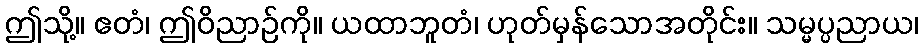
ဤသို့။ ဧတံ၊ ဤဝိညာဉ်ကို။ ယထာဘူတံ၊ ဟုတ်မှန်သောအတိုင်း။ သမ္မပ္ပညာယ၊